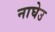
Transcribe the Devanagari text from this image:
नाघेउ